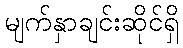
မျက်နှာချင်းဆိုင်ရှိ